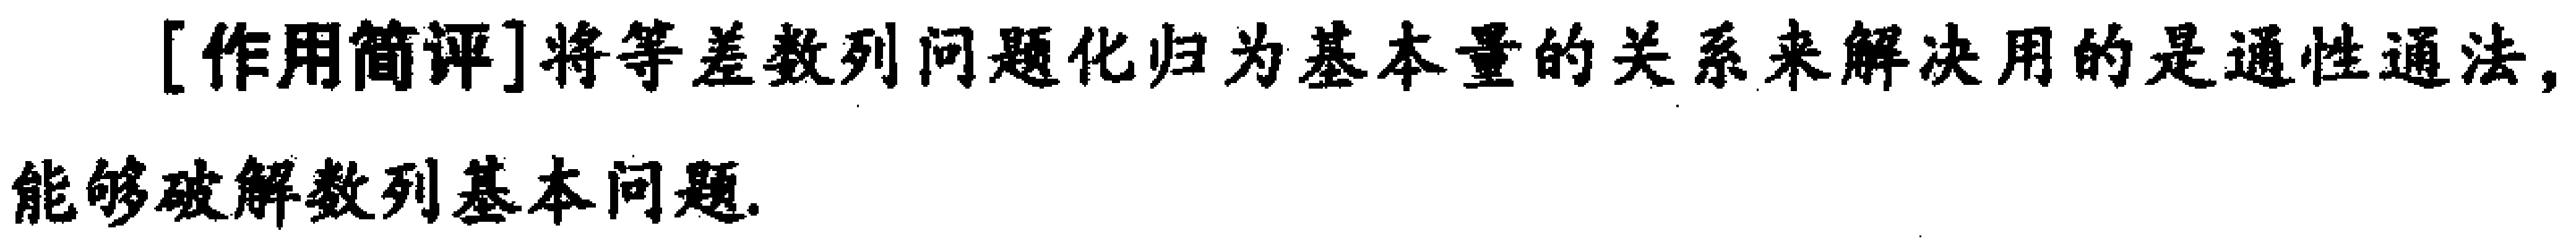
[作用简评]将等差数列问题化归为基本量的关系来解决用的是通性通法,能够破解数列基本问题.